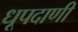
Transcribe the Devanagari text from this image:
धूपदाणी